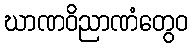
ဃာဏဝိညာဏံတွေဝ